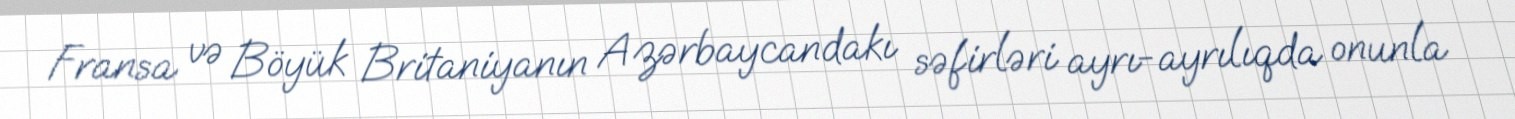
Fransa və Böyük Britaniyanın Azərbaycandakı səfirləri ayrı-ayrılıqda onunla